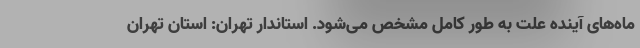
ماه‌های آینده علت به طور کامل مشخص می‌شود. استاندار تهران: استان تهران